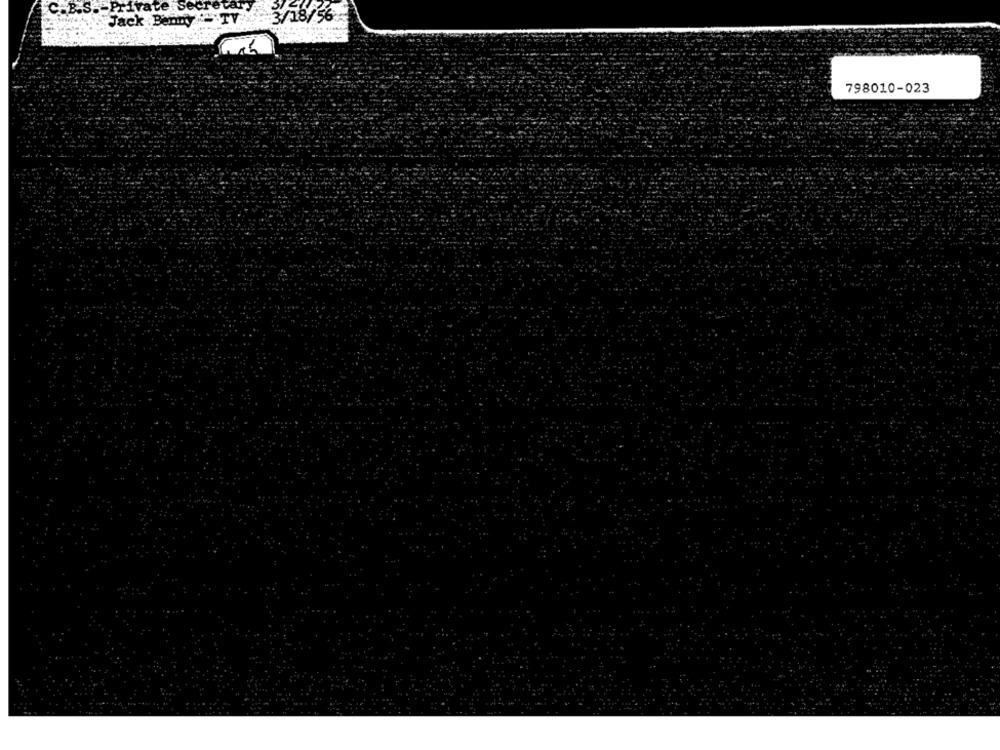
C.B.S. - Private secretary
Jack Benny - TV
798010-023